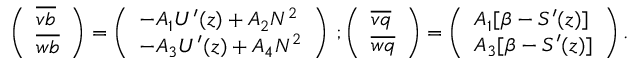
\begin{array} { r } { \left( \begin{array} { l } { \overline { { v b } } } \\ { \overline { { w b } } } \end{array} \right) = \left( \begin{array} { l } { - A _ { 1 } U ^ { \prime } ( z ) + A _ { 2 } N ^ { 2 } } \\ { - A _ { 3 } U ^ { \prime } ( z ) + A _ { 4 } N ^ { 2 } } \end{array} \right) \, ; \left( \begin{array} { l } { \overline { { v q } } } \\ { \overline { { w q } } } \end{array} \right) = \left( \begin{array} { l } { A _ { 1 } [ \beta - { \cal S } ^ { \prime } ( z ) ] } \\ { A _ { 3 } [ \beta - { \cal S } ^ { \prime } ( z ) ] } \end{array} \right) . } \end{array}